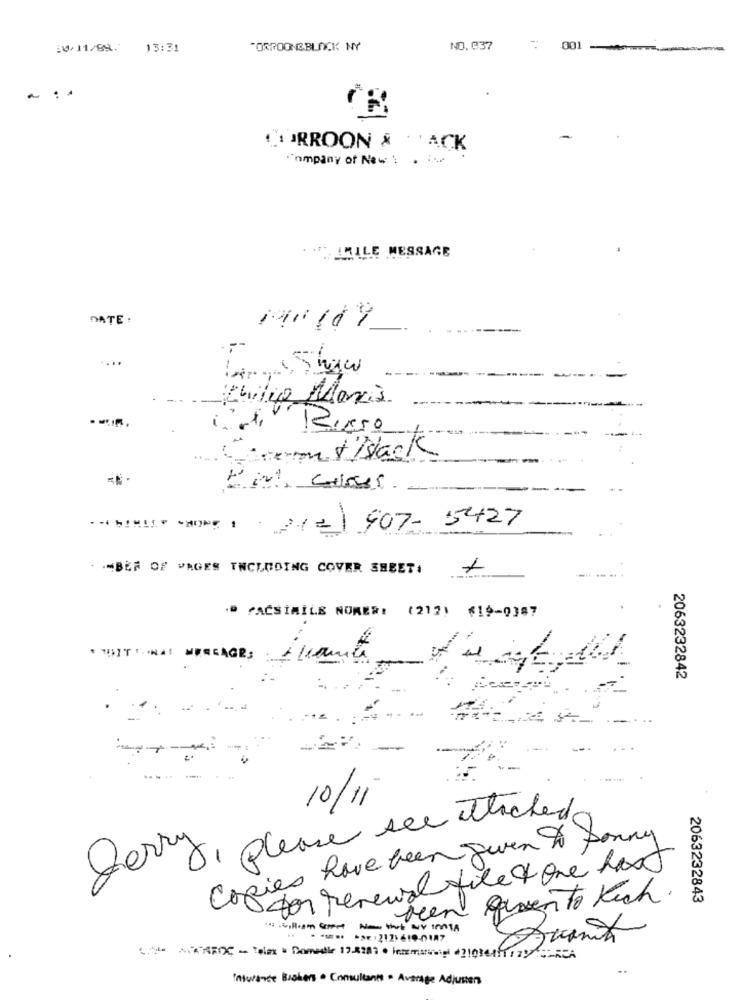
10/11/89. 13:31
FORROONEBLOCK NY
NO.937
001
...
1 RROON & "ACK
Company of New1 . 1-
. .. IMILE MESSAGE
DATE :
....
Philip Moris
....
com & Black
(212) 907-5427
- MBER OF PAGES INCLUDING COVER SHEET.
FACSIMILE NURER: (212) ≤19-0387
TUITIONA MESSAGE;
2063232842
10/11
gery, please see thched
Copies have been given to Jonny
for renewal filet one hast
Men qevento Kich.
2063232843
*A :2121610-0187
SAL MAROC - Telex . Domedie 198282 . lesmanuel diosesfrasCA
insurance Brokers . Consultants . Average Adjusters